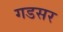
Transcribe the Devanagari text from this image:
गडसर